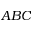
A B C